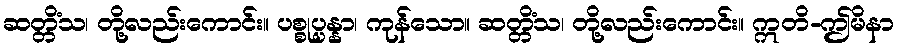
ဆတ္တိံသ၊ တို့လည်းကောင်း။ ပစ္စုပ္ပန္နာ၊ ကုန်သော။ ဆတ္တိံသ၊ တို့လည်းကောင်း။ ဣတိ-ဤမိနာ